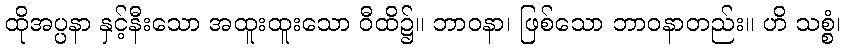
ထိုအပ္ပနာ နှင့်နီးသော အထူးထူးသော ဝီထိ၌။ ဘာဝနာ၊ ဖြစ်သော ဘာဝနာတည်း။ ဟိ သစ္စံ၊